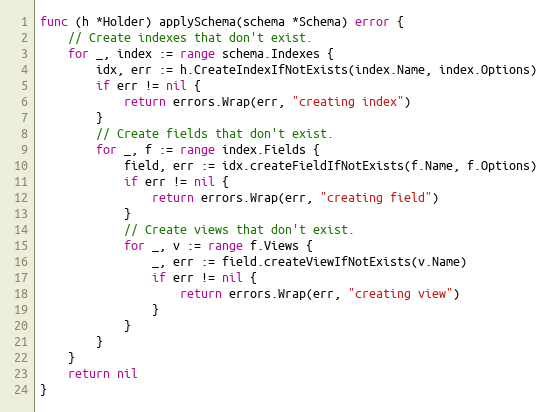
Language: Go
func (h *Holder) applySchema(schema *Schema) error {
	// Create indexes that don't exist.
	for _, index := range schema.Indexes {
		idx, err := h.CreateIndexIfNotExists(index.Name, index.Options)
		if err != nil {
			return errors.Wrap(err, "creating index")
		}
		// Create fields that don't exist.
		for _, f := range index.Fields {
			field, err := idx.createFieldIfNotExists(f.Name, f.Options)
			if err != nil {
				return errors.Wrap(err, "creating field")
			}
			// Create views that don't exist.
			for _, v := range f.Views {
				_, err := field.createViewIfNotExists(v.Name)
				if err != nil {
					return errors.Wrap(err, "creating view")
				}
			}
		}
	}
	return nil
}